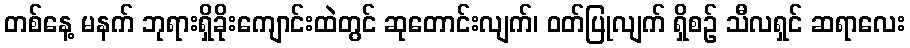
တစ်နေ့ မနက် ဘုရားရှိခိုးကျောင်းထဲတွင် ဆုတောင်းလျက်၊ ဝတ်ပြုလျက် ရှိစဉ် သီလရှင် ဆရာလေး